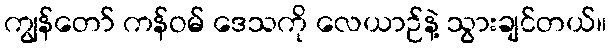
ကျွန်တော် ကန်ဝမ် ဒေသကို လေယာဉ်နဲ့ သွားချင်တယ်။